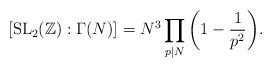
LaTeX: \begin{align*}[\mathrm{SL}_{2}(\mathbb{Z}):\Gamma(N)]=N^{3}\prod\limits_{p\vert N}\bigg(1-\frac{1}{p^{2}}\bigg).\end{align*}